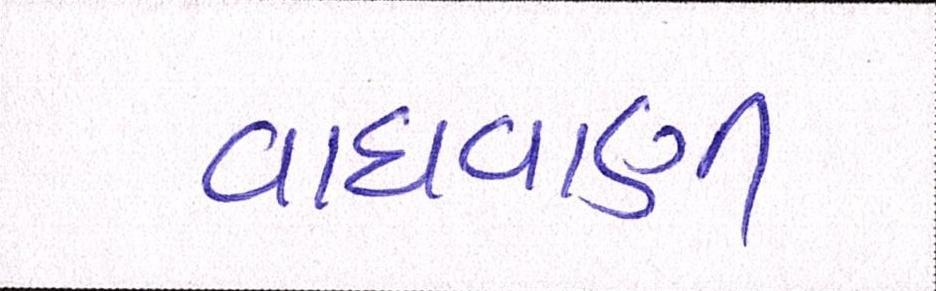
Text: વાધવાણી